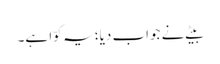
بیٹے نے جواب دیا؛ یہ کوّا ہے۔